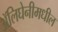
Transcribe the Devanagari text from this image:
ॲलिघेनीमधील